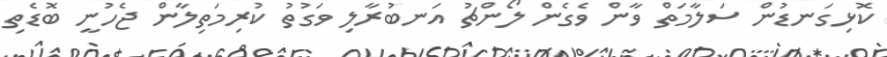
ކޮޅިގަނޑުން ސަލާމަތް ވާން ވެގެން ލޯންޗު އަނބުރާލި ވަގުތު ކުރިމަތިލާން ޖެހުނީ ބޮޑެތި